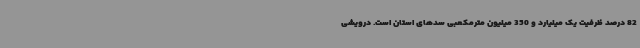
82 درصد ظرفیت یک میلیارد و 350 میلیون مترمکعبی سدهای استان است. درویشی